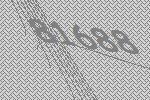
81688